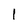
Character: 1